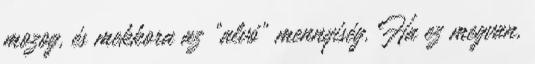
mozog, és mekkora az "alvó" mennyiség. Ha ez megvan,